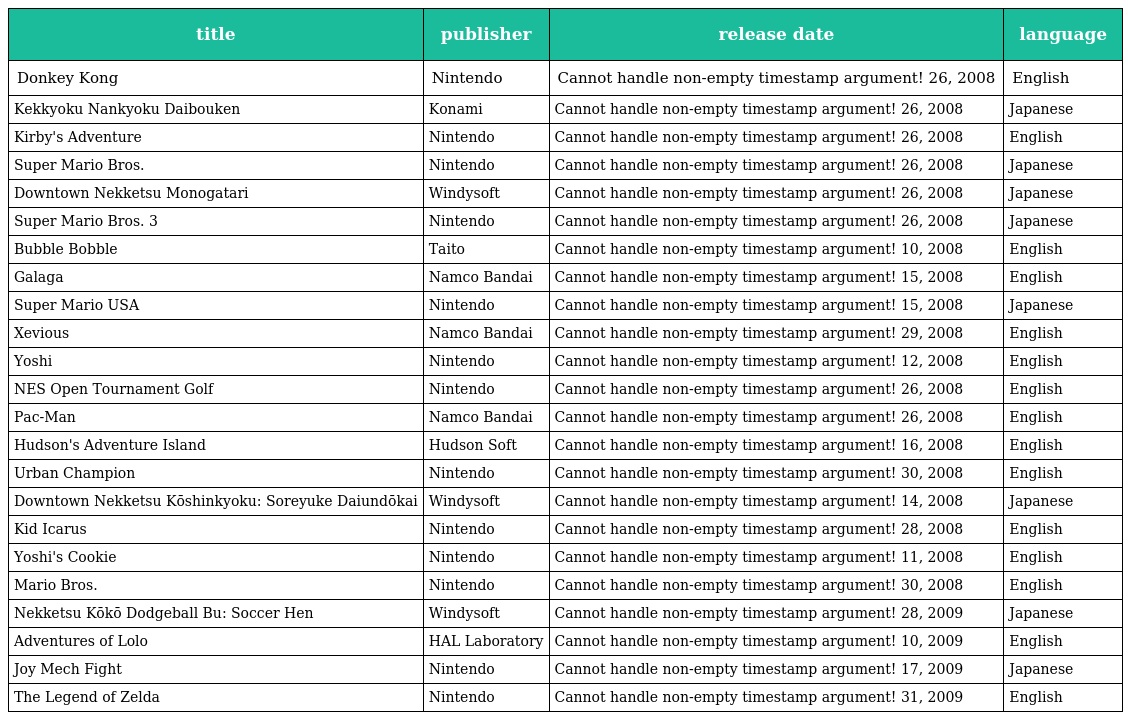
| title | publisher | release date | language |
 | --- | --- | --- | --- |
 | Donkey Kong | Nintendo | Cannot handle non-empty timestamp argument! 26, 2008 | English |
 | Kekkyoku Nankyoku Daibouken | Konami | Cannot handle non-empty timestamp argument! 26, 2008 | Japanese |
 | Kirby's Adventure | Nintendo | Cannot handle non-empty timestamp argument! 26, 2008 | English |
 | Super Mario Bros. | Nintendo | Cannot handle non-empty timestamp argument! 26, 2008 | Japanese |
 | Downtown Nekketsu Monogatari | Windysoft | Cannot handle non-empty timestamp argument! 26, 2008 | Japanese |
 | Super Mario Bros. 3 | Nintendo | Cannot handle non-empty timestamp argument! 26, 2008 | Japanese |
 | Bubble Bobble | Taito | Cannot handle non-empty timestamp argument! 10, 2008 | English |
 | Galaga | Namco Bandai | Cannot handle non-empty timestamp argument! 15, 2008 | English |
 | Super Mario USA | Nintendo | Cannot handle non-empty timestamp argument! 15, 2008 | Japanese |
 | Xevious | Namco Bandai | Cannot handle non-empty timestamp argument! 29, 2008 | English |
 | Yoshi | Nintendo | Cannot handle non-empty timestamp argument! 12, 2008 | English |
 | NES Open Tournament Golf | Nintendo | Cannot handle non-empty timestamp argument! 26, 2008 | English |
 | Pac-Man | Namco Bandai | Cannot handle non-empty timestamp argument! 26, 2008 | English |
 | Hudson's Adventure Island | Hudson Soft | Cannot handle non-empty timestamp argument! 16, 2008 | English |
 | Urban Champion | Nintendo | Cannot handle non-empty timestamp argument! 30, 2008 | English |
 | Downtown Nekketsu Kōshinkyoku: Soreyuke Daiundōkai | Windysoft | Cannot handle non-empty timestamp argument! 14, 2008 | Japanese |
 | Kid Icarus | Nintendo | Cannot handle non-empty timestamp argument! 28, 2008 | English |
 | Yoshi's Cookie | Nintendo | Cannot handle non-empty timestamp argument! 11, 2008 | English |
 | Mario Bros. | Nintendo | Cannot handle non-empty timestamp argument! 30, 2008 | English |
 | Nekketsu Kōkō Dodgeball Bu: Soccer Hen | Windysoft | Cannot handle non-empty timestamp argument! 28, 2009 | Japanese |
 | Adventures of Lolo | HAL Laboratory | Cannot handle non-empty timestamp argument! 10, 2009 | English |
 | Joy Mech Fight | Nintendo | Cannot handle non-empty timestamp argument! 17, 2009 | Japanese |
 | The Legend of Zelda | Nintendo | Cannot handle non-empty timestamp argument! 31, 2009 | English |